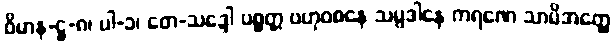
ဝိမာန-ဋ္ဌ-၈၊ ပါ-၁၊ တေ-သဒ္ဒေါ ပစ္စတ္တ ဗဟုဝစနေ သမ္ပဒါနေ ကရဏေ သာမိအတ္ထေ